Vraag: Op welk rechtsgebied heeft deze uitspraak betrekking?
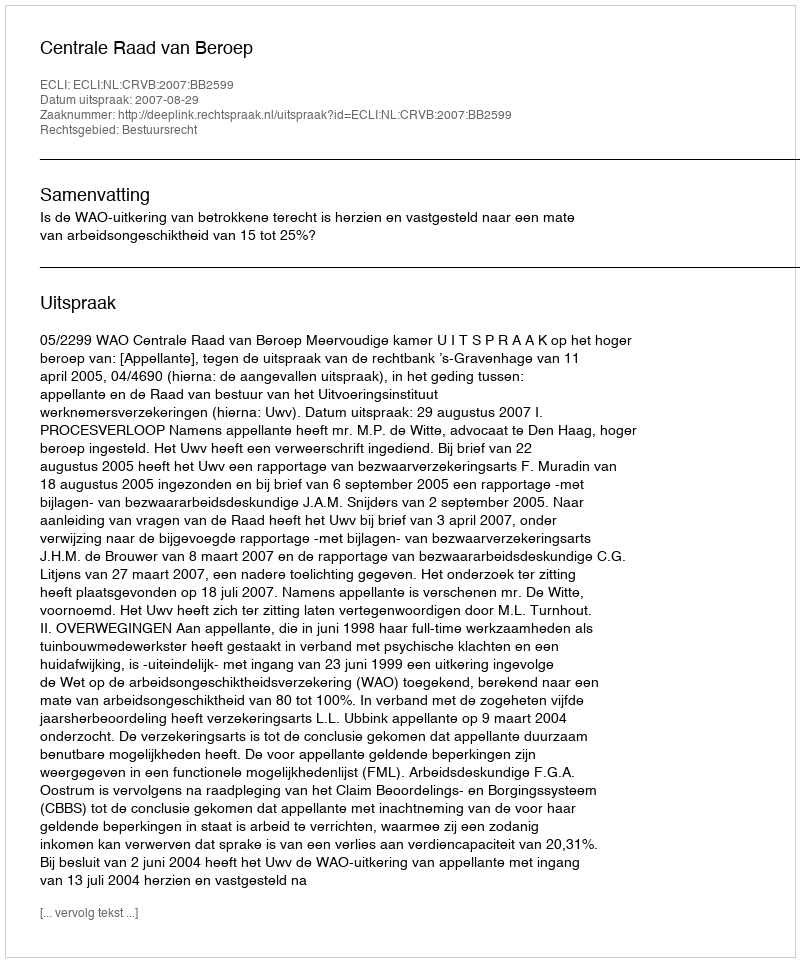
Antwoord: Bestuursrecht